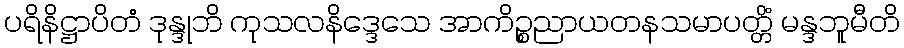
ပရိနိဋ္ဌာပိတံ ဒုန္ဒုဘိ ကုသလနိဒ္ဒေသေ အာကိဉ္စညာယတနသမာပတ္တိံ မန္ဒဘူမီတိ